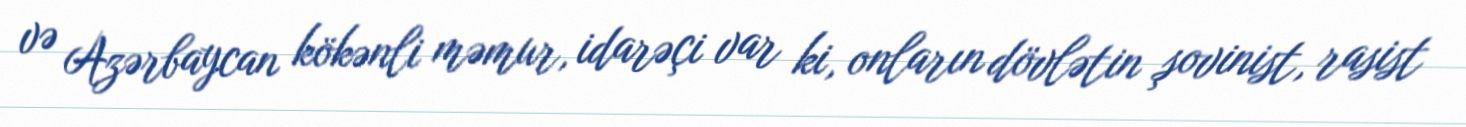
və Azərbaycan kökənli məmur, idarəçi var ki, onların dövlətin şovinist, rasist